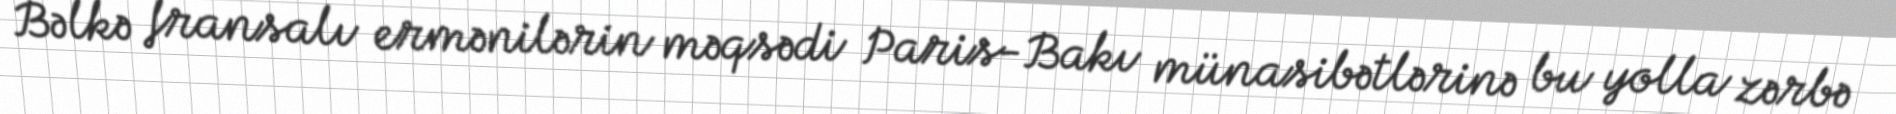
Bəlkə fransalı ermənilərin məqsədi Paris-Bakı münasibətlərinə bu yolla zərbə